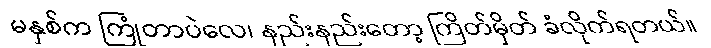
မနှစ်က ကြုံတာပဲလေ၊ နည်းနည်းတော့ ကြိတ်မှိတ် ခံလိုက်ရတယ်။